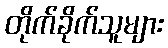
တိုက်ခိုက်သူများ